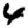
Digit: 4